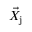
\vec { X } _ { \mathrm { j } }